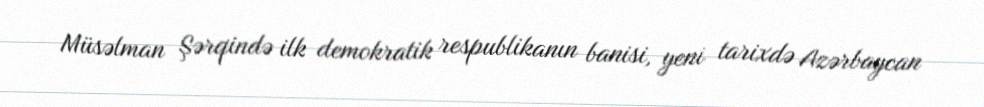
Müsəlman Şərqində ilk demokratik respublikanın banisi, yeni tarixdə Azərbaycan